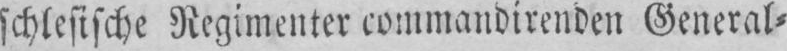
schlesische Regimenter commandirenden General⸗